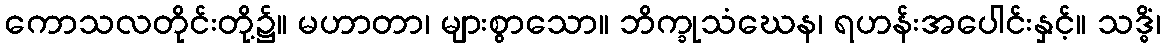
ကောသလတိုင်းတို့၌။ မဟာတာ၊ များစွာသော။ ဘိက္ခုသံဃေန၊ ရဟန်းအပေါင်းနှင့်။ သဒ္ဓိံ၊